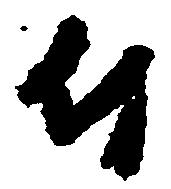
付